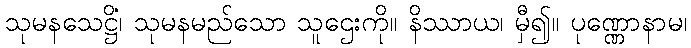
သုမနသေဋ္ဌိံ၊ သုမနမည်သော သူဌေးကို။ နိဿာယ၊ မှီ၍။ ပုဏ္ဏောနာမ၊